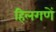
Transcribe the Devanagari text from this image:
हिलगणें